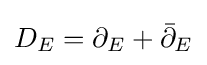
D_{E}=\partial _{E}+{\bar {\partial }}_{E}